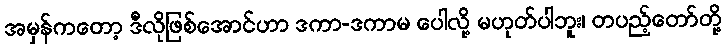
အမှန်ကတော့ ဒီလိုဖြစ်အောင်ဟာ ဒကာ-ဒကာမ ပေါလို့ မဟုတ်ပါဘူး၊ တပည့်တော်တို့